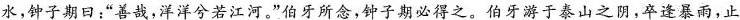
水，钟子期日：”善哉，洋洋兮若江河。”伯牙所念，钟子期必得之。伯牙游于泰山之阴，卒逢暴雨，止